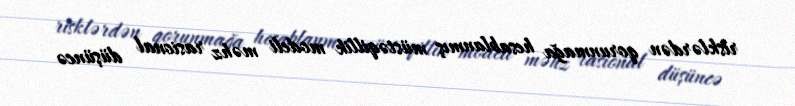
risklərdən qorunmağa hesablanmış müstəqillik modeli məhz rasional düşüncə